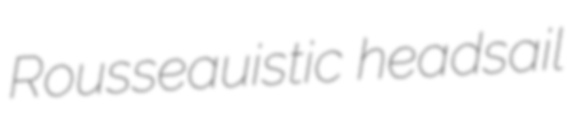
Rousseauistic headsail